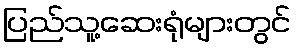
ပြည်သူ့ဆေးရုံများတွင်